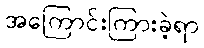
အကြောင်းကြားခဲ့ရာ